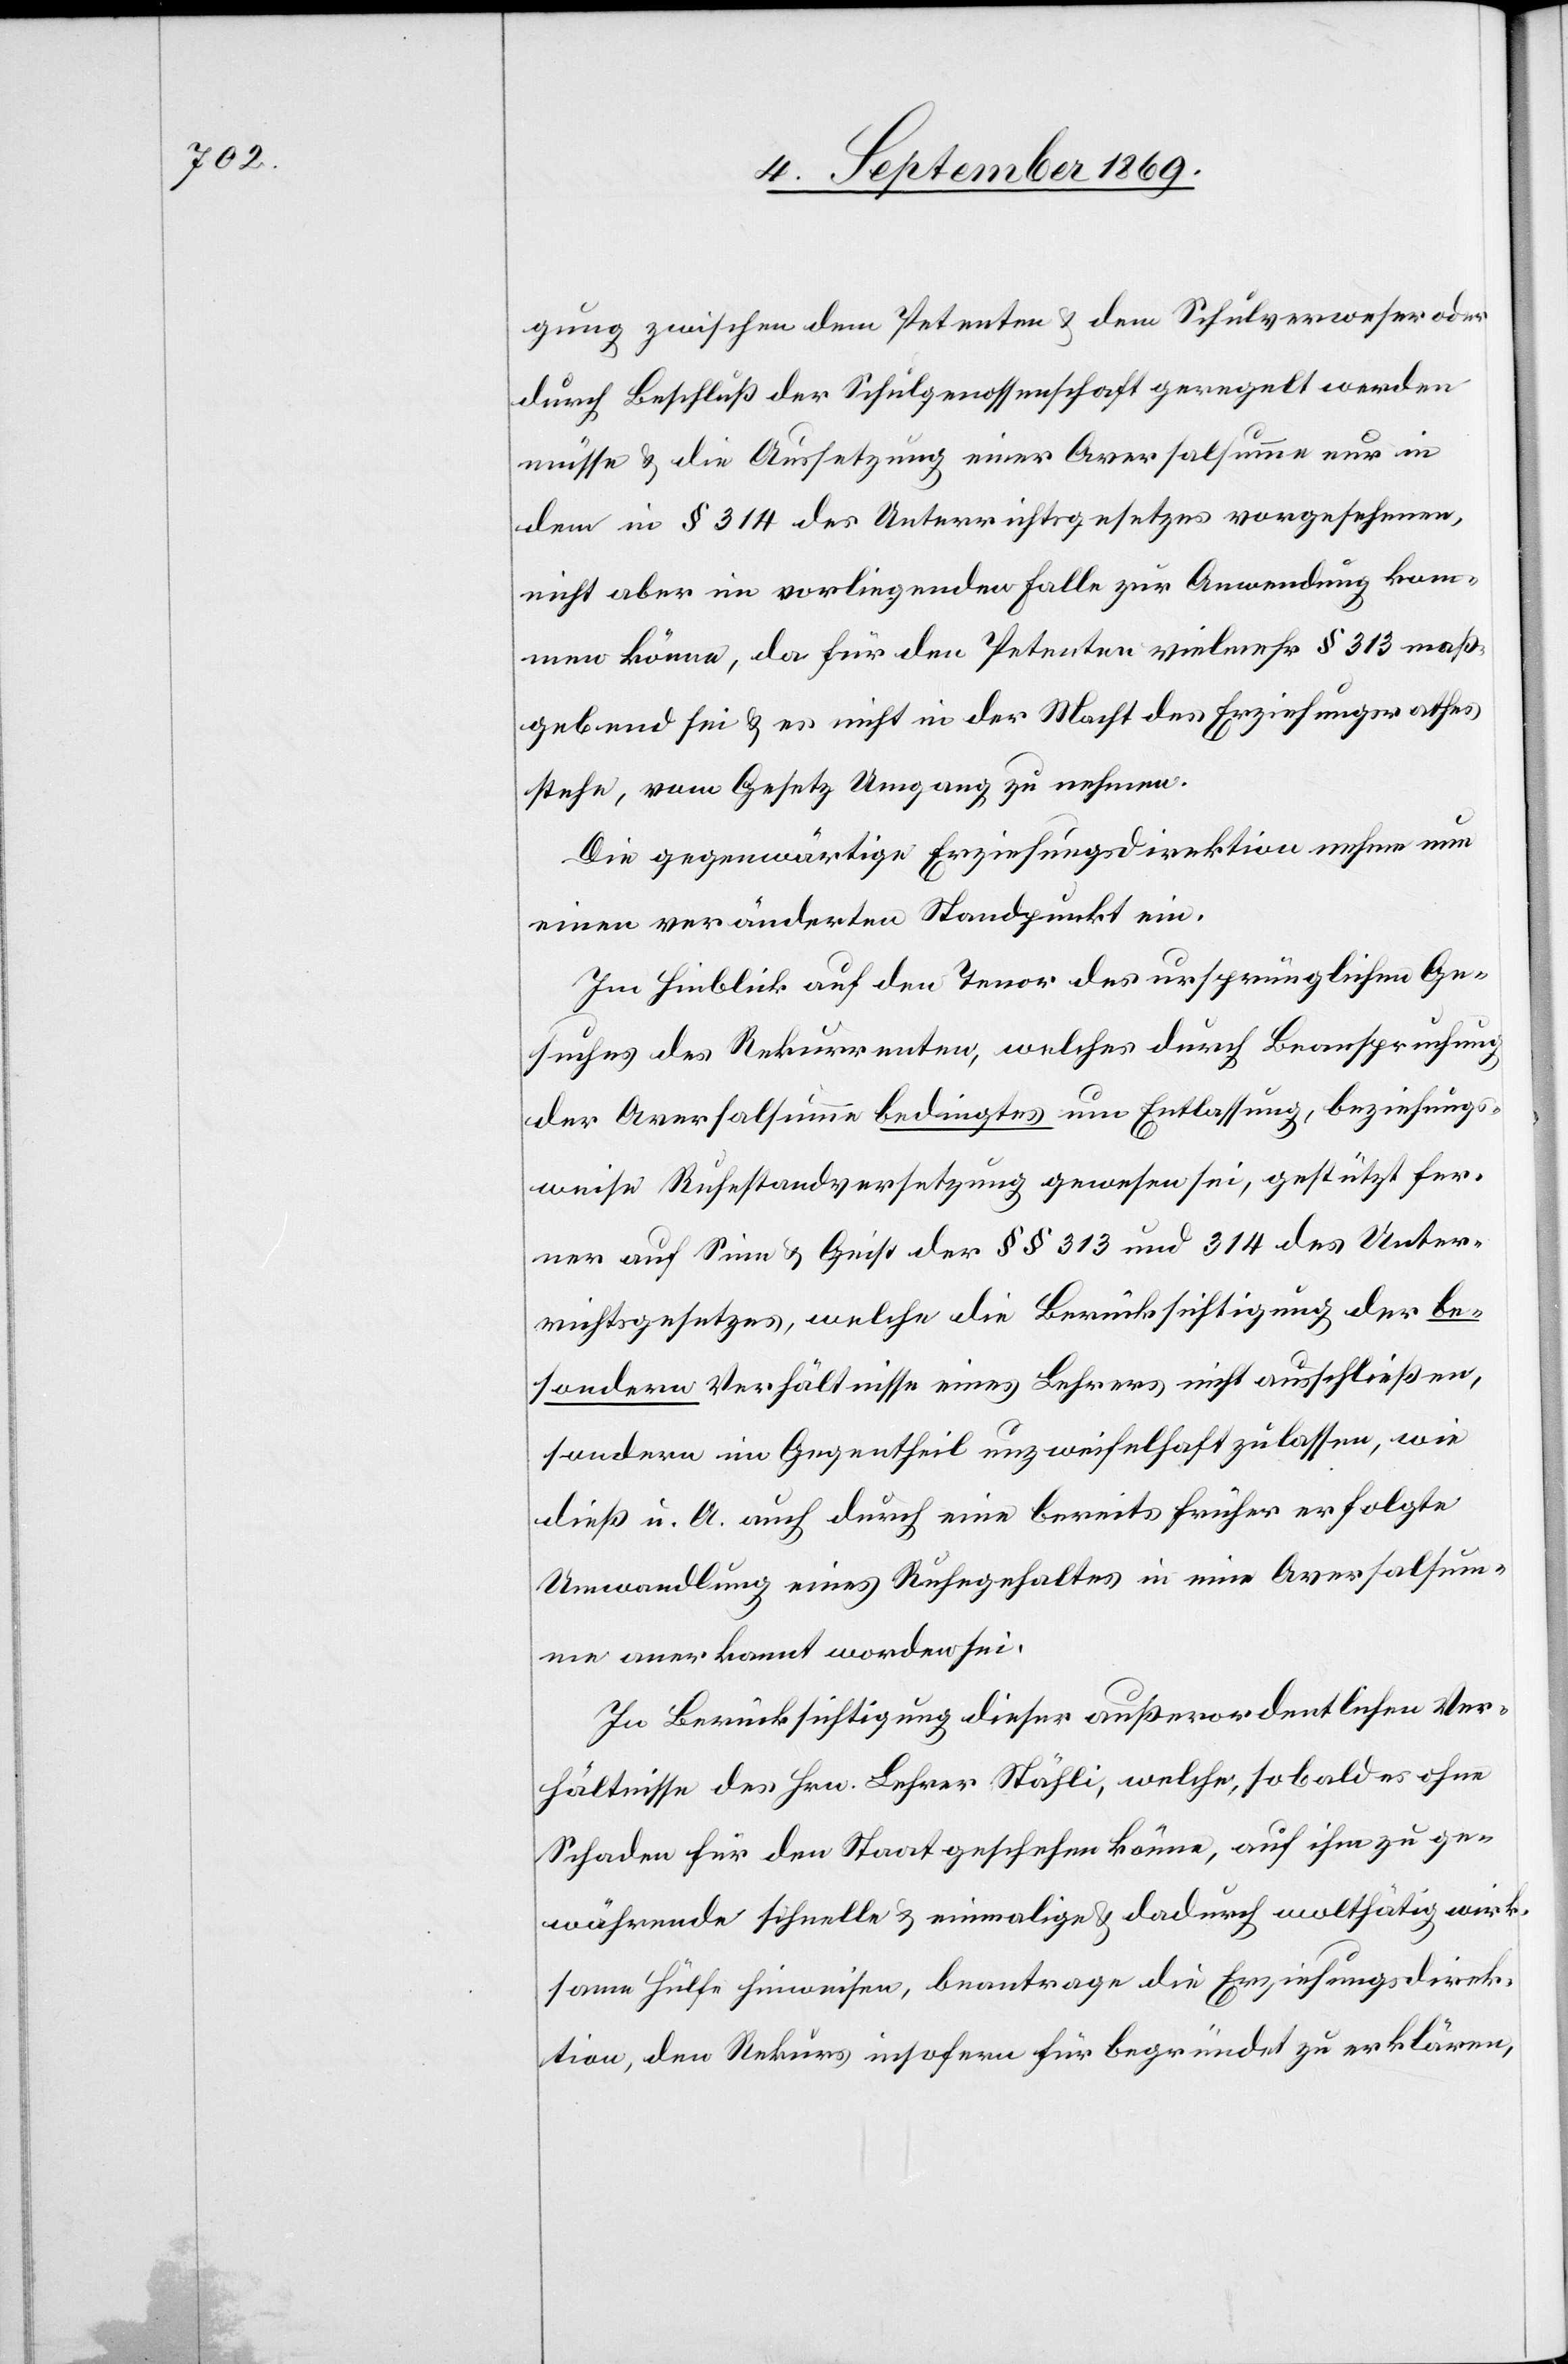
gung zwischen dem Petenten & dem Schulverweser oder
durch Beschluß der Schulgenossenschaft geregelt werden
müsse & die Aussetzung einer Aversalsumme nur in
dem in § 314 des Unterrichtsgesetzes vorgesehenen,
nicht aber im vorliegenden Falle zur Anwendung kom¬
men könne, da für den Petenten vielmehr § 313 maß¬
gebend sei & es nicht in der Macht des Erziehungsrathes
stehe, vom Gesetz Umgang zu nehmen.
Die gegenwärtige Erziehungsdirektion nehme nun
einen veränderten Standpunkt ein.
Im Hinblick auf den Tenor des ursprünglichen Ge¬
suches des Rekurrenten, welches durch Beanspruchung
der Aversalsumme bedingtes um Entlassung, beziehungs¬
weise Ruhestandversetzung gewesen sei, gestützt fer¬
ner auf Sinn & Geist der §§ 313 und 314 des Unter¬
richtsgesetzes, welche die Berücksichtigung der be¬
sondern Verhältnisse eines Lehrers nicht ausschließen,
sondern im Gegentheil unzweifelhaft zulassen, wie
dieß u. A. auch durch eine bereits früher erfolgte
Umwandlung eines Ruhegehaltes in eine Aversalsum¬
me anerkannt worden sei.
In Berücksichtigung dieser außerordentlichen Ver¬
hältnisse des Hrn. Lehrer Stähli [sic!], welche, sobald es ohne
Schaden für den Staat geschehen könne, auf ihm zu ge¬
währende schnelle & einmalige & dadurch wolthätig wirk¬
same Hülfe hinweisen, beantrage die Erziehungsdirek¬
tion, den Rekurs insofern für begründet zu erklären,